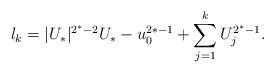
LaTeX: \begin{align*}l_{k} = |U_*|^{2^{*}-2}U_*-u_0^{2*-1}+\sum_{j=1}^{k} U_j^{2^{*}-1}.\end{align*}